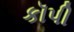
કૉપી